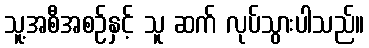
သူ့အစီအစဉ်နှင့် သူ ဆက် လုပ်သွားပါသည်။